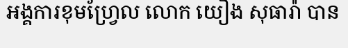
អង្គការខុមហ្វ្រែល លោក យឿង សុធារ៉ា បាន